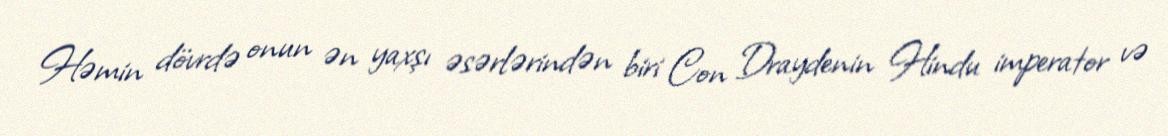
Həmin dövrdə onun ən yaxşı əsərlərindən biri Con Draydenin Hindu imperator və